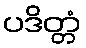
ပဒိတ္တံ